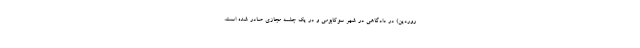
روردین) در دادگاهی در شهر سوکابومی و در یک جلسه مجازی صادر شده است.